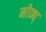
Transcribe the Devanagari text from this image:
मोठ्य्